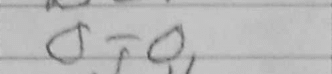
Transcription: O-O